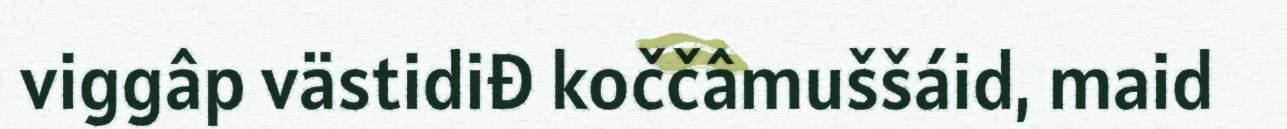
viggâp västidiđ koččâmuššáid, maid